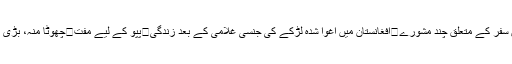
شمالی علاقوں میں سفر کے متعلق چند مشورے	افغانستان میں اغوا شدہ لڑکے کی جنسی غلامی کے بعد زندگی	پپو کے لیے مفت	چھوٹا منہ، بڑی بات	زندہ باد ....۔